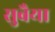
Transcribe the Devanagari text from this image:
सुबैया